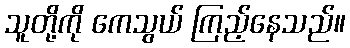
သူတို့ကို ကေသွယ် ကြည့်နေသည်။